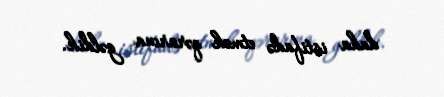
daha istifadə etmək qərarına gəldik.